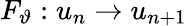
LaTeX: F_{\vartheta}:u_{n}\rightarrow u_{n+1}